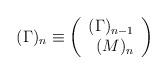
LaTeX: \begin{align*}(\Gamma)_n\equiv\left (\begin{array}{rr} (\Gamma)_{n-1}\\\ (M)_{n}\end{array}\right)\end{align*}